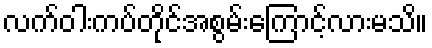
လက်ဝါးကပ်တိုင်အစွမ်းကြောင့်လားမသိ။